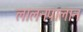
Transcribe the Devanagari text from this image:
लालनपालान